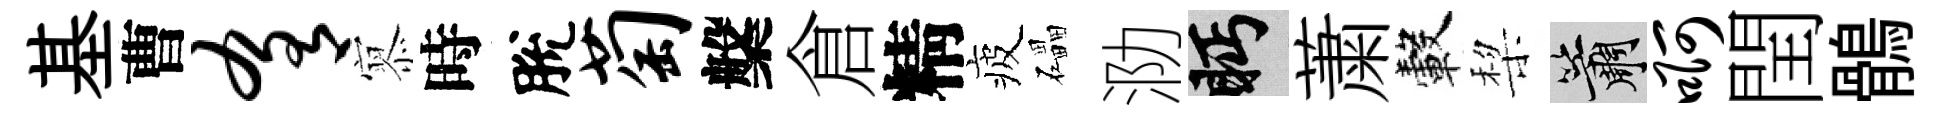
基曹肴𡪹時脫萄槃倉精疲礧泐眄䔥轂棃簫啊閏鶻